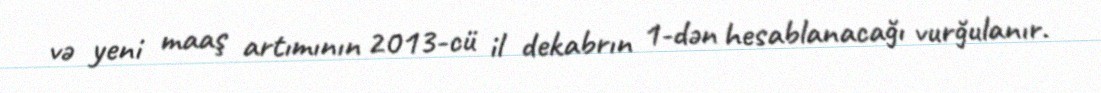
və yeni maaş artımının 2013-cü il dekabrın 1-dən hesablanacağı vurğulanır.